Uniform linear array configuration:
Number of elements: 16
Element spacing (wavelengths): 0.75
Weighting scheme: exponential
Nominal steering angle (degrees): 0
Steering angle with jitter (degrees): -1.978
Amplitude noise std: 0.05
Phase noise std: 0.05

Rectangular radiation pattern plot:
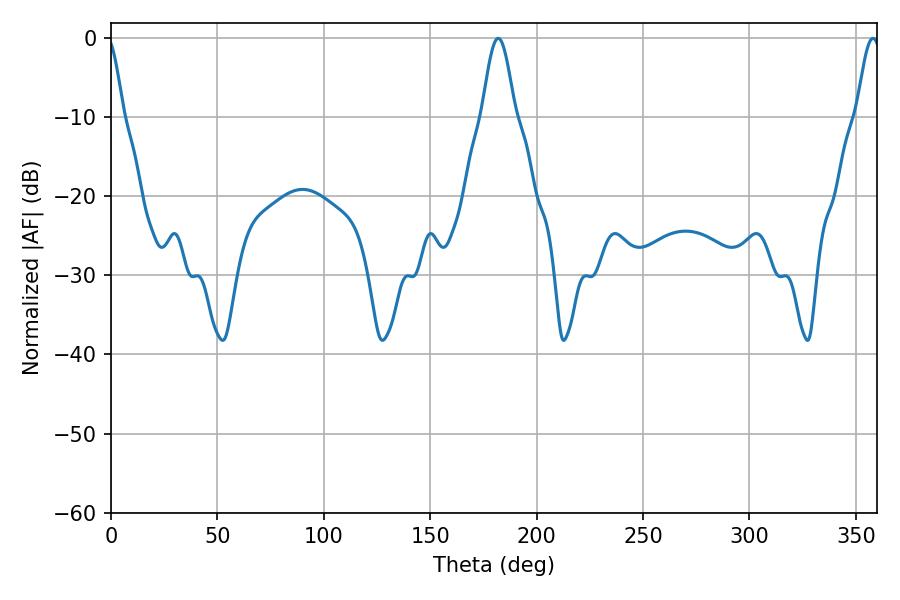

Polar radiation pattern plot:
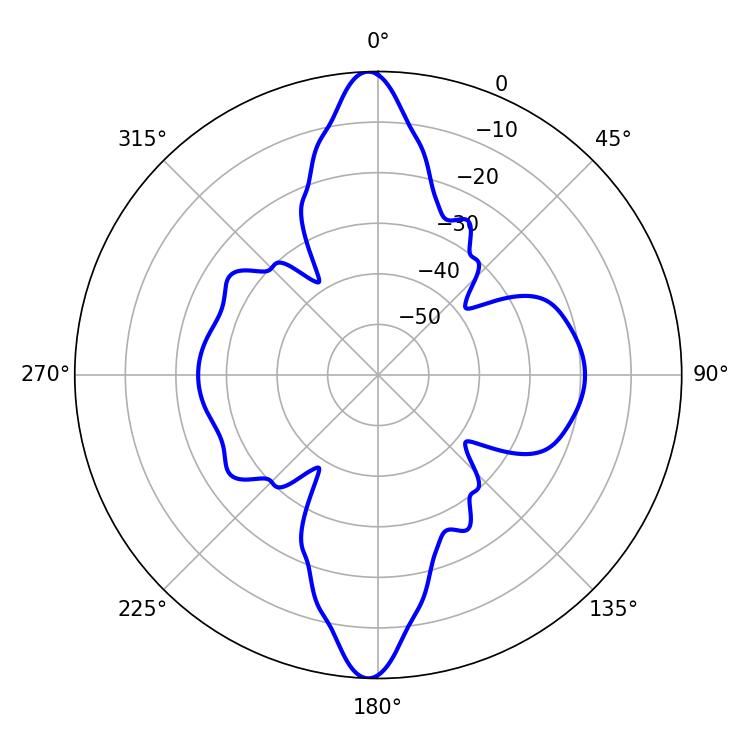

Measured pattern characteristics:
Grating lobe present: TRUE
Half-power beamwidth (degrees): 8.28
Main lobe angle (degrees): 181.98